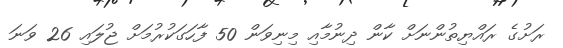
ރަށުގެ ރައްޔިތުންނަށް ކާން ދިނުމާއި މިނިވަން 50 ފާހަގަކުރުމަށް ޖުލައި 26 ވަނަ